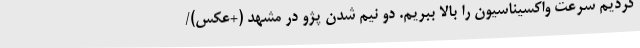
کردیم سرعت واکسیناسیون را بالا ببریم. دو نیم شدن پژو در مشهد (+عکس)/